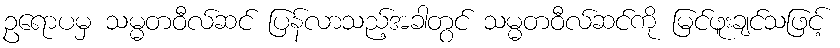
ဥရောပမှ သမ္မတဝီလ်ဆင် ပြန်လာသည့်အခါတွင် သမ္မတဝီလ်ဆင်ကို မြင်ဖူးချင်သဖြင့်